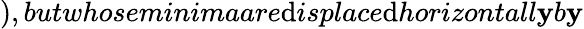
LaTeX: ),butwhoseminimaare\mathrm{d}isplace\mathrm{d}horizontall\mathbf{y}b\mathbf{y}